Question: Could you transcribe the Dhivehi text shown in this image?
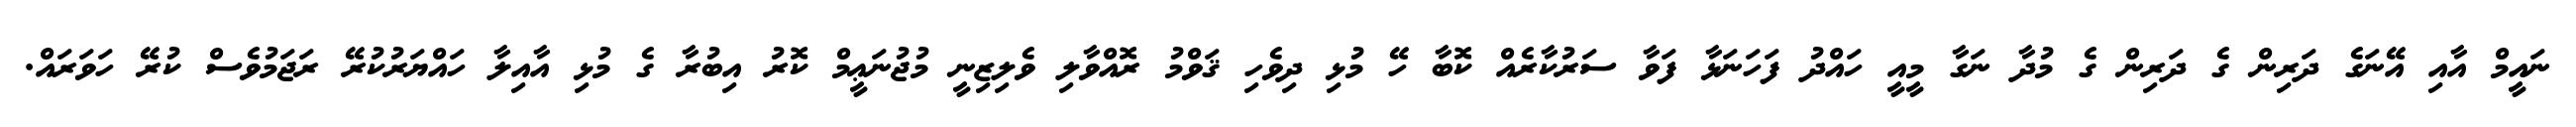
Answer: ނައީމް އާއި އޭނަގެ ދަރިން ގެ ދަރިން ގެ މުދާ ނަގާ މީއީ ހައްދު ފަހަނަޅާ ފަވާ ސަރުކާރެއް ކޮބާ ހޭ މުޅި ދިވެހި ޤަވްމު ރޮއްވާލި ވެލިޒިނީ މުޖުނަޢީމް ކޮރު އިބުރާ ގެ މުޅި އާއިލާ ހައްޔަރުކުރޭ ރަޖަމުވެސް ކުރޭ ހަވަރައް.